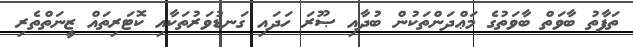
ތަފާތު ބާވަތް ބާވަތުގެ މަޢްދަންތަކުން ބުދާއި ޞޫރަ ހަދައި ގަނޑުވަރުތަކާއި ކޮޓަރިތައް ޒީނަތްތެރި